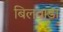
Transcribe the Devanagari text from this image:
बिलवाडा